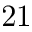
2 1